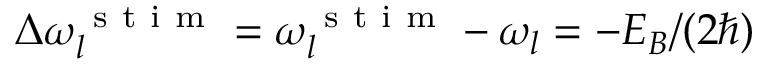
\Delta \omega _ { l } ^ { \mathrm { ~ s ~ t ~ i ~ m ~ } } = \omega _ { l } ^ { \mathrm { ~ s ~ t ~ i ~ m ~ } } - \omega _ { l } = - E _ { B } / ( 2 \hbar )